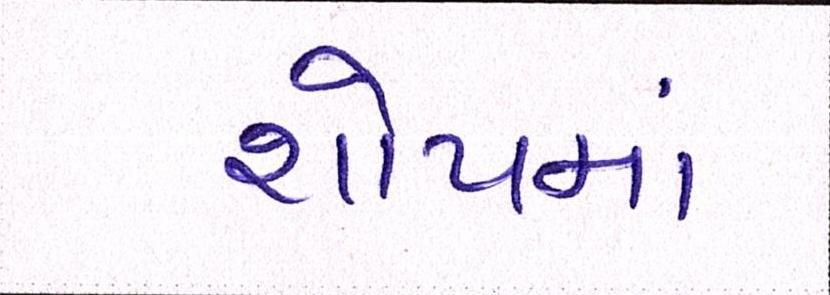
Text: શોપમાં